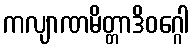
ကလျာဏမိတ္တာဒိဝဂ္ဂေါ